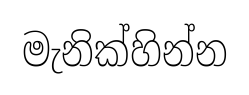
මැනික්හින්න